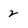
Character: 2